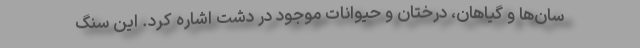
سان‌ها و گیاهان، درختان و حیوانات موجود در دشت اشاره کرد. این سنگ